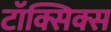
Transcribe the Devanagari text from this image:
टॉक्सिक्स